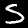
Digit: 5